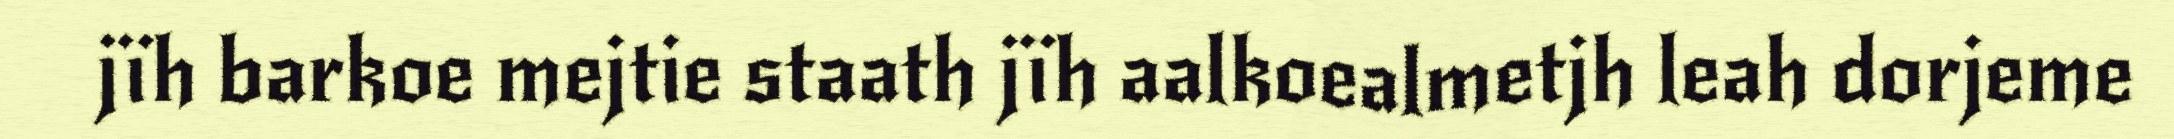
jïh barkoe mejtie staath jïh aalkoealmetjh leah dorjeme